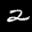
Label: 2